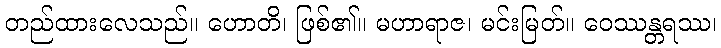
တည်ထားလေသည်။ ဟောတိ၊ ဖြစ်၏။ မဟာရာဇ၊ မင်းမြတ်။ ဝေဿန္တရဿ၊